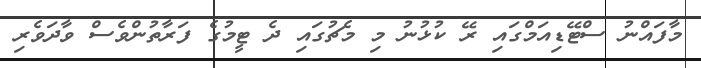
މާފައްނު ސްޓޭޑިއަމްގައި ރޭ ކުޅުނު މި މެޗުގައި ދެ ޓީމުގެ ފަރާތުންވެސް ވާދަވެރި